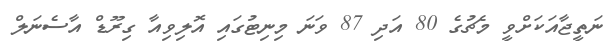
ނަތީޖާއަކަށްވީ މެޗުގެ 80 އަދި 87 ވަނަ މިނިޓުގައި އޮލިވިއާ ގިރޫޑް އާސެނަލް